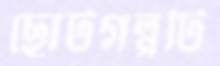
ছোটগল্পটি